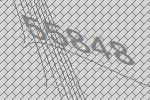
55848